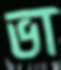
ভা